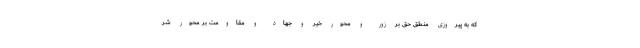
که به پیروزی منطق حق بر زور و محور خیر و جهاد و مقاومت بر محور شر